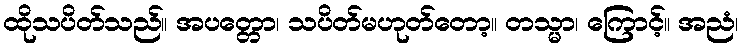
ထိုသပိတ်သည်။ အပတ္တော၊ သပိတ်မဟုတ်တော့။ တသ္မာ၊ ကြောင့်။ အညံ၊